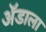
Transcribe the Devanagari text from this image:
ॲडाला